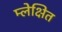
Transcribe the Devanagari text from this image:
म्लेक्षित